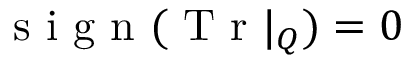
\mathrm { ~ s ~ i ~ g ~ n ~ } ( \mathrm { ~ T ~ r ~ } | _ { Q } ) = 0